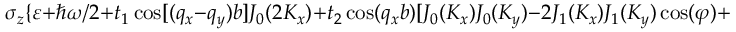
\sigma _ { z } \{ \varepsilon + \hbar \omega / 2 + t _ { 1 } \cos [ ( q _ { x } - q _ { y } ) b ] J _ { 0 } ( 2 K _ { x } ) + t _ { 2 } \cos ( q _ { x } b ) [ J _ { 0 } ( K _ { x } ) J _ { 0 } ( K _ { y } ) - 2 J _ { 1 } ( K _ { x } ) J _ { 1 } ( K _ { y } ) \cos ( \varphi ) +